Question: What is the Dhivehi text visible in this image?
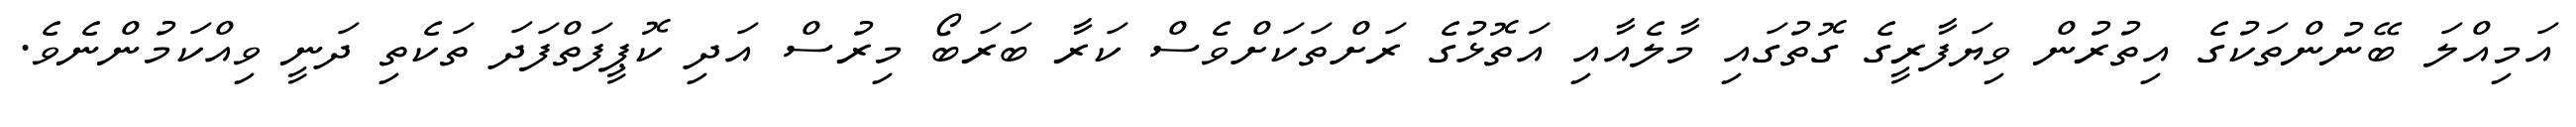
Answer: އަމިއްލަ ބޭނުންތަކުގެ އިތުރުން ވިޔަފާރީގެ ގޮތުގައި މާލެއާއި އަތޮޅުގެ ރަށްތަކަށްވެސް ކަރާ ބަރަބޯ މިރުސް އަދި ކޮޕީފަތްފަދަ ތަކެތި ދަނީ ވިއްކަމުންނެވެ.